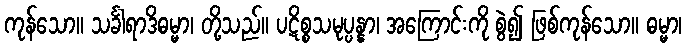
ကုန်သော။ သင်္ခါရာဒိဓမ္မာ၊ တို့သည်။ ပဋိစ္စသမုပ္ပန္နာ၊ အကြောင်းကို စွဲ၍ ဖြစ်ကုန်သော။ ဓမ္မာ၊